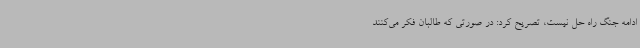
ادامه‌ جنگ راه حل نیست، تصریح کرد: در صورتی که طالبان فکر می‌کنند